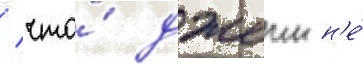
/ что́ джеин н'е́